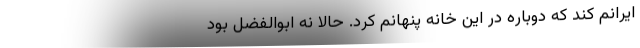
ایرانم کند که دوباره در این خانه پنهانم کرد. حالا نه ابوالفضل بود